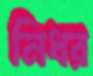
নিধর